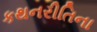
કથનરીતિના